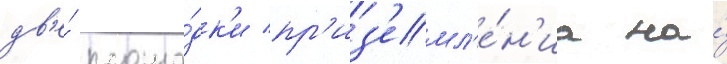
дв'е́ площа́дк'и пр'из'емл'е́н'иа на́